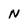
Character: N